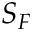
S _ { F }